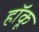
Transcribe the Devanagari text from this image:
हॉकू